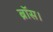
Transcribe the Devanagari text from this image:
ब्रॉस।